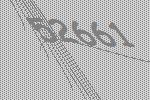
52661